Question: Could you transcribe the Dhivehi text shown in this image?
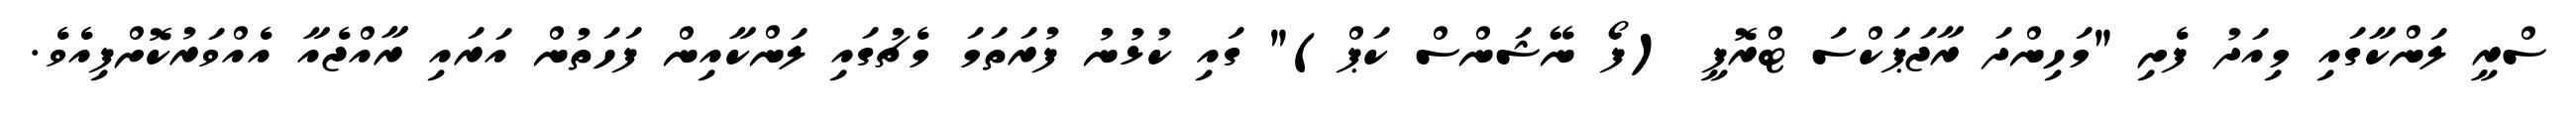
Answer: ސްރީ ލަންކާގައި މިއަދު ފެށި "މަހިންދަ ރާޖަޕަކްސަ ޓްރޮފީ (ފޯ ނޭޝަންސް ކަޕް)" ގައި ކުޅުނު ފުރަތަމަ މެޗުގައި ލަންކާއިން ފަހަތުން އަރައި ރާއްޖެއާ އެއްވަރުކޮށްފިއެވެ.